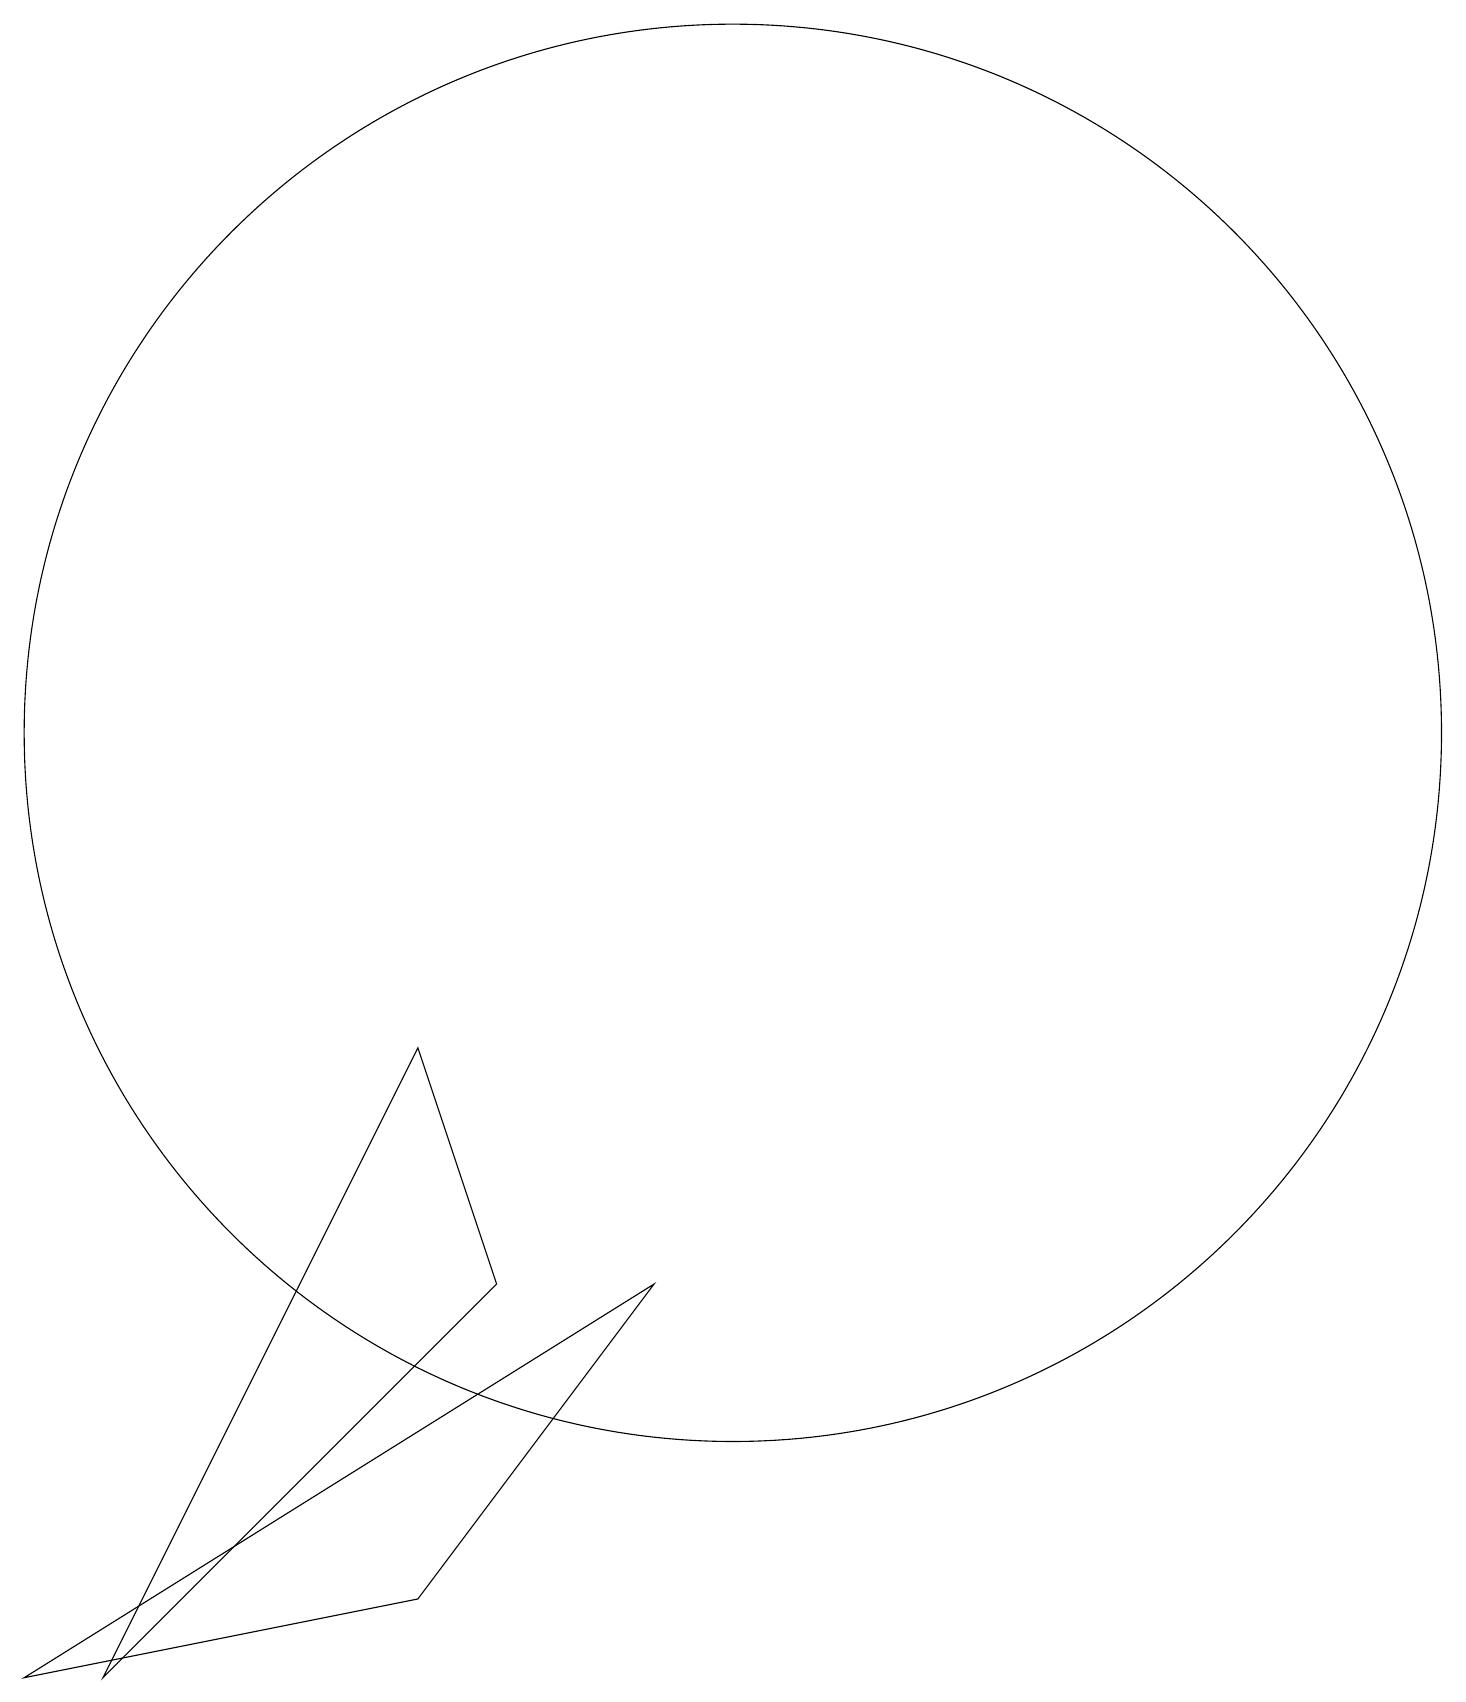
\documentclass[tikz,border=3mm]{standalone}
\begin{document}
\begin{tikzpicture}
\draw (2,0) -- (7,5) -- (6,8) -- cycle;
\draw (9,5) -- (6,1) -- (1,0) -- cycle;
\draw (10,12) circle (9);
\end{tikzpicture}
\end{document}